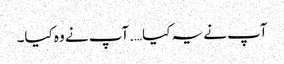
آپ نے یہ کیا….آپ نے وہ کیا۔